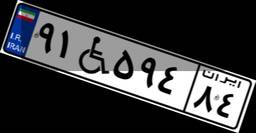
۹۱W۵۹۴۸۴